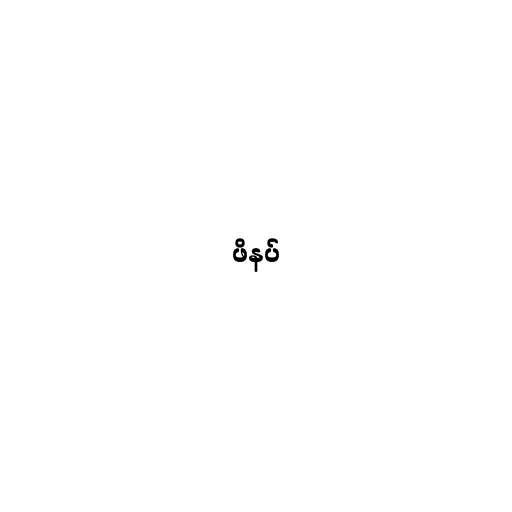
ဖိနပ်